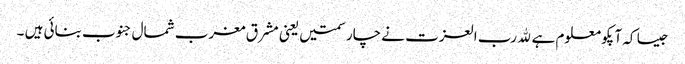
جیسا کہ آپکو معلوم ہے ﷲ رب العزت نے چار سمتیں یعنی مشرق مغرب شمال جنوب بنائی ہیں ۔